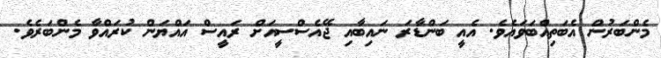
މެންބަރުން އެބަތިއްބަވައެވެ. އެއީ ބަންޑާރަ ނައިބާއި ޖޭއެސްސީއަށް ރައީސް އައްޔަން ކުރައްވާ މެންބަރެވެ.